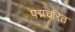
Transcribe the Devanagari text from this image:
पद्मचरित